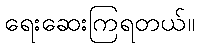
ရေးဆေးကြရတယ်။